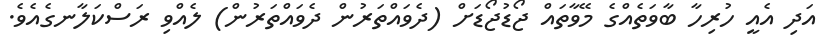
އަދި އެއީ ހުރިހާ ބާވަތެއްގެ މޭވާތައް ޖޯޑުޖޯޑަށް (ދެވައްތަރުން ދެވައްތަރުން) ލެއްވި ރަސްކަލާނގެއެވެ.